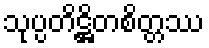
သုပ္ပတိဋ္ဌိတစိတ္တဿ